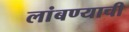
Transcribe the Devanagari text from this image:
लांबण्याची